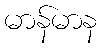
မာန်မာန